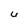
Character: U